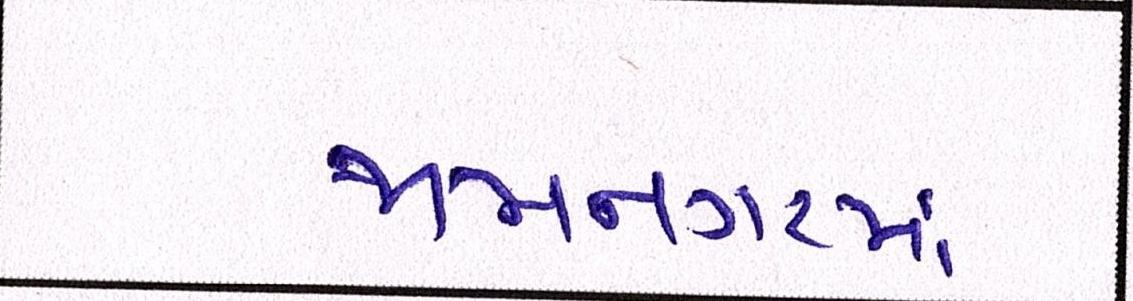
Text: જામનગરમાં